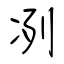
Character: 冽